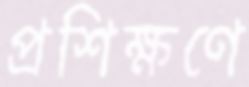
প্রশিক্ষণে